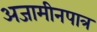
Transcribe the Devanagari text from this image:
अजामीनपात्र